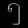
Digit: ၅